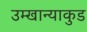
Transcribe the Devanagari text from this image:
उम्खान्याकुड